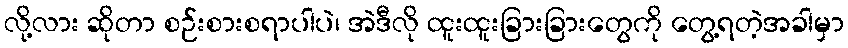
လို့လား ဆိုတာ စဉ်းစားစရာပါပဲ၊ အဲဒီလို ထူးထူးခြားခြားတွေကို တွေ့ရတဲ့အခါမှာ